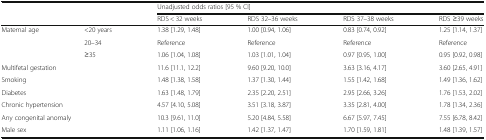
<table><thead><tr><td rowspan="2" colspan="2"></td><td colspan="4"><b>Unadjusted odds ratios [95 % CI]</b></td></tr><tr><td><b>RDS &lt; 32 weeks</b></td><td><b>RDS 32–36 weeks</b></td><td><b>RDS 37–38 weeks</b></td><td><b>RDS ≥39 weeks</b></td></tr></thead><tbody><tr><td rowspan="3">Maternal age</td><td>&lt;20 years</td><td>1.38 [1.29, 1.48]</td><td>1.00 [0.94, 1.06]</td><td>0.83 [0.74, 0.92]</td><td>1.25 [1.14, 1.37]</td></tr><tr><td>20–34</td><td>Reference</td><td>Reference</td><td>Reference</td><td>Reference</td></tr><tr><td>≥35</td><td>1.06 [1.04, 1.08]</td><td>1.03 [1.01, 1.04]</td><td>0.97 [0.95, 1.00]</td><td>0.95 [0.92, 0.98]</td></tr><tr><td colspan="2">Multifetal gestation</td><td>11.6 [11.1, 12.2]</td><td>9.60 [9.20, 10.0]</td><td>3.63 [3.16, 4.17]</td><td>3.60 [2.65, 4.91]</td></tr><tr><td colspan="2">Smoking</td><td>1.48 [1.38, 1.58]</td><td>1.37 [1.30, 1.44]</td><td>1.55 [1.42, 1.68]</td><td>1.49 [1.36, 1.62]</td></tr><tr><td colspan="2">Diabetes</td><td>1.63 [1.48, 1.79]</td><td>2.35 [2.20, 2.51]</td><td>2.95 [2.66, 3.26]</td><td>1.76 [1.53, 2.02]</td></tr><tr><td colspan="2">Chronic hypertension</td><td>4.57 [4.10, 5.08]</td><td>3.51 [3.18, 3.87]</td><td>3.35 [2.81, 4.00]</td><td>1.78 [1.34, 2.36]</td></tr><tr><td colspan="2">Any congenital anomaly</td><td>10.3 [9.61, 11.0]</td><td>5.20 [4.84, 5.58]</td><td>6.67 [5.97, 7.45]</td><td>7.55 [6.78, 8.42]</td></tr><tr><td colspan="2">Male sex</td><td>1.11 [1.06, 1.16]</td><td>1.42 [1.37, 1.47]</td><td>1.70 [1.59, 1.81]</td><td>1.48 [1.39, 1.57]</td></tr></tbody></table>